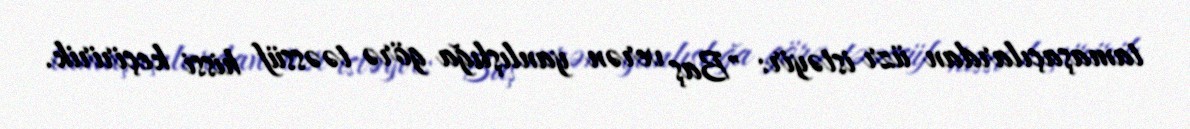
tamaşaçılardan üzr istəyir: "Baş verən yanlışlığa görə təəssüf hissi keçiririk.